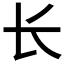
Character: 长